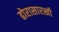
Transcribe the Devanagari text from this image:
ढोरासारखी